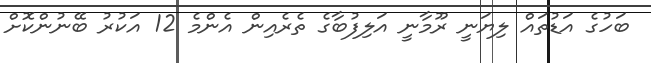
ބަހުގެ އަޑުތައް ލިޔަނީ ރޫމާނީ އަލިފުބާގެ ތެރެއިން އެންމެ 12 އަކުރު ބޭނުންކޮށް